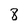
Character: 8